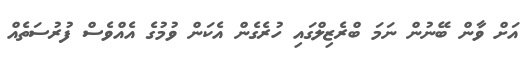
އަށް ވާން ބޭނުން ނަމަ ބްރެޒިލްގައި ހުރެގެން އެކަން ވުމުގެ އެއްވެސް ފުރުސަތެއް